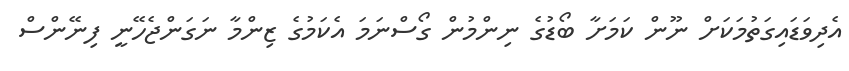
އެދިވަޑައިގަތުމަކަށް ނޫން ކަމަށާ ބޯޑުގެ ނިންމުން ގޯސްނަމަ އެކަމުގެ ޒިންމާ ނަގަންޖެހޭނީ ފިނޭންސް